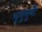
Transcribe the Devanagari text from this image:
भृगुमुनी